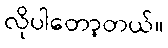
လိုပါတော့တယ်။